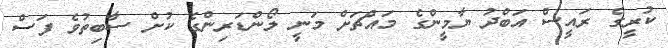
ކުރީގެ ރައީސް އަބްދު ޔާމީންގެ މައްޗަށް މަނީ ލޯންޑަރިންގެ ކުށް ސާބިތުވެ ފަސް